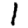
Digit: 1